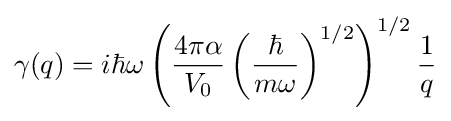
\gamma (q)=i\hbar \omega \left({\frac {4\pi \alpha }{V_{0}}}\left({\frac {\hbar }{m\omega }}\right)^{1/2}\right)^{1/2}{\frac {1}{q}}